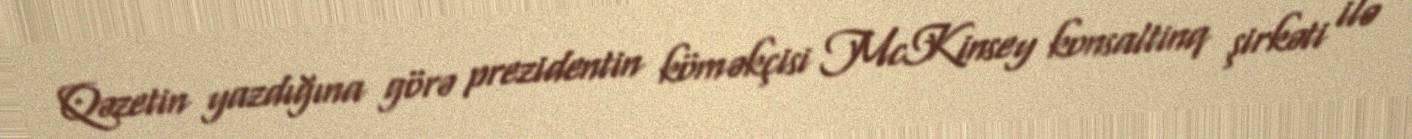
Qəzetin yazdığına görə prezidentin köməkçisi McKinsey konsaltinq şirkəti ilə